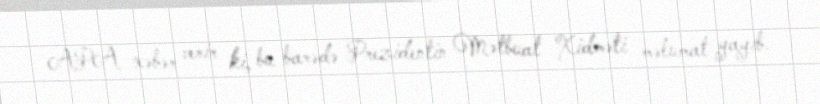
APA xəbər verir ki, bu barədə Prezidentin Mətbuat Xidməti məlumat yayıb.